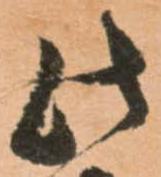
此